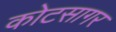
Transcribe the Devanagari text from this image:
कोटसागर